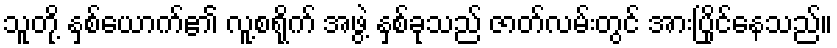
သူတို့ နှစ်ယောက်၏ လူ့စရိုက် အဖွဲ့ နှစ်ခုသည် ဇာတ်လမ်းတွင် အားပြိုင်နေသည်။